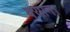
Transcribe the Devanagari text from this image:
क्यान।